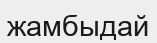
жамбыдай